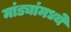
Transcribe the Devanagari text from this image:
मांड्यांमध्ये